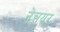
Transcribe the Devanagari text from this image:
नेन्नयर